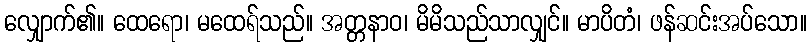
လျှောက်၏။ ထေရော၊ မထေရ်သည်။ အတ္တနာဝ၊ မိမိသည်သာလျှင်။ မာပိတံ၊ ဖန်ဆင်းအပ်သော။